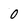
Character: 0